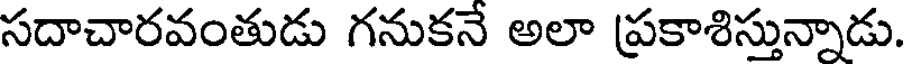
సదాచారవంతుడు గనుకనే అలా ప్రకాశిస్తున్నాడు.